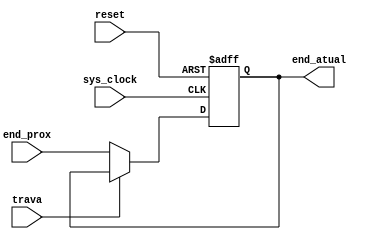
module ProgramCounter(input reset, input sys_clock, input [15:0] end_prox, output reg [15:0] end_atual, input trava);

always @(posedge sys_clock or posedge reset) begin
	if(reset)
	begin
		end_atual=0;
	end
	else if (!trava)
	begin
		end_atual=end_prox;
	end
end	

endmodule